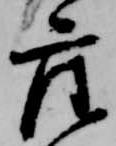
座